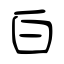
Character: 白